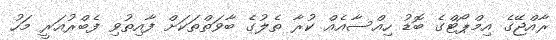
ރާއްޖޭގެ އިމްޕޯޓްގެ ބޮޑު ހިއްސާއެއް ކުރާ ތެލުގެ ބާވަތްތަކަށް ފާއިތުވި ފެބްރުއަރީ މަހު